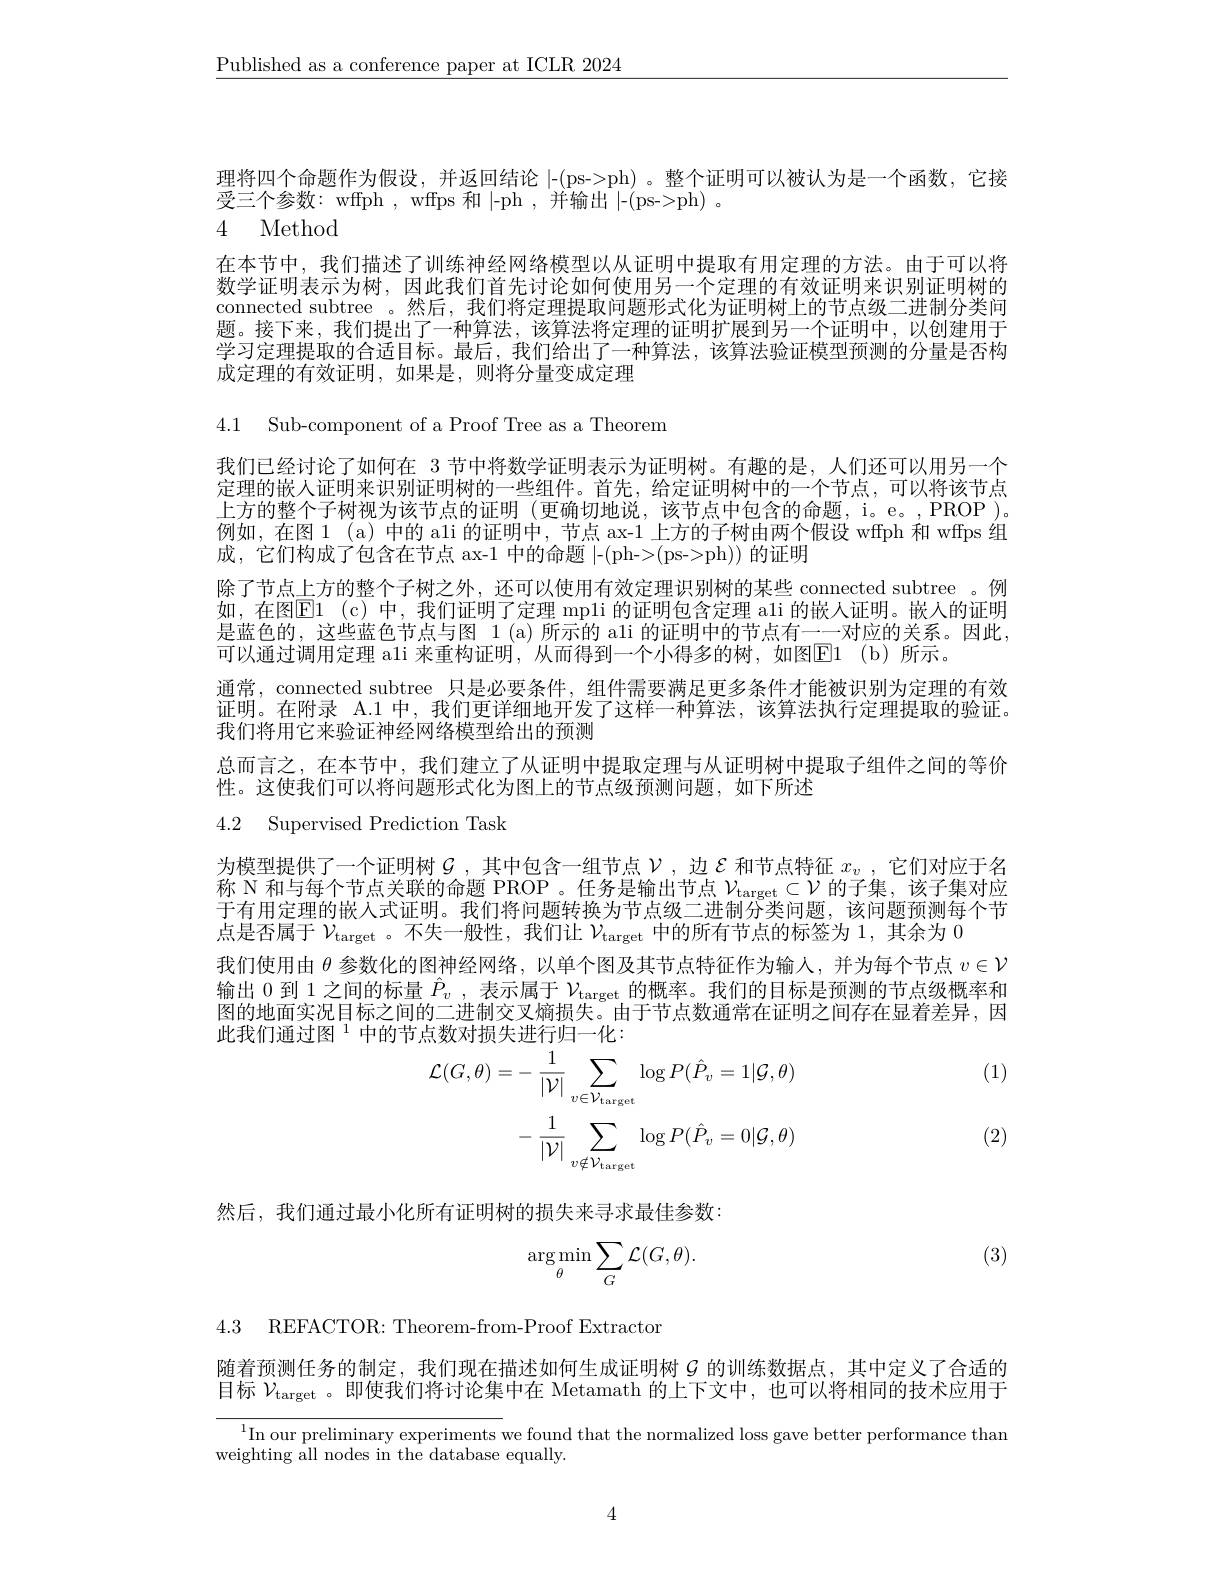
$\underline{\text{Published as a conference paper at ICLR 2024}}$

理将四个命题作为假设，并返回结论|-(ps- > ph) 。整个证明可以被认为是一个函数，它接
受三个参数：wffph , wffps 和|-ph ,并输出|-(ps->ph) 。
4 Method

在本节中，我们描述了训练神经网络模型以从证明中提取有用定理的方法。由于可以将数学证明表示为树，因此我们首先讨论如何使用另一个定理的有效证明来识别证明树的connected subtree 。然后，我们将定理提取问题形式化为证明树上的节点级二进制分类问题。接下来，我们提出了一种算法，该算法将定理的证明扩展到另一个证明中，以创建用于学习定理提取的合适目标。最后，我们给出了一种算法，该算法验证模型预测的分量是否构成定理的有效证明，如果是，则将分量变成定理

4.1 Sub-component of a Proof Tree as a Theorem

我们已经讨论了如何在 3 节中将数学证明表示为证明树。有趣的是，人们还可以用另一个定理的嵌人证明来识别证明树的一些组件。首先，给定证明树中的一个节点，可以将该节点上方的整个子树视为该节点的证明 (更确切地说，该节点中包含的命题，i。e。,PROP )。例如，在图 1(a)中的 ali 的证明中，节点 ax-1 上方的子树由两个假设 wffph 和 wffps 组成，它们构成了包含在节点 ax-1 中的命题|-(ph->(ps->ph)) 的证明
除了节点上方的整个子树之外，还可以使用有效定理识别树的某些 connected subtree 。例如，在图$\underline {\mathrm{E} }1$ (c)中，我们证明了定理 mpli 的证明包含定理 ali 的嵌人证明。嵌人的证明是蓝色的，这些蓝色节点与图 1 (a) 所示的 ali 的证明中的节点有一一对应的关系。因此， 可以通过调用定理 ali 来重构证明，从而得到一个小得多的树，如图E1 ( b) 所示。
通常，connected subtree 只是必要条件，组件需要满足更多条件才能被识别为定理的有效证明。在附录 A.1 中，我们更详细地开发了这样一种算法，该算法执行定理提取的验证。我们将用它来验证神经网络模型给出的预测
总而言之，在本节中，我们建立了从证明中提取定理与从证明树中提取子组件之间的等价
性。这使我们可以将问题形式化为图上的节点级预测问题，如下所述

4.2 Supervised Prediction Task

为模型提供了一个证明树$\mathcal{G}$ ,其中包含一组节点$\mathcal{V}$ ,边 $\mathcal{E}$ 和节点特征 $x_v$ ,它们对应于名称 N 和与每个节点关联的命题 PROP 。任务是输出节点$\mathcal{V} _\mathrm{target}\subset \mathcal{V}$的子集，该子集对应于有用定理的嵌人式证明。我们将问题转换为节点级二进制分类问题，该问题预测每个节点是否属于$\mathcal{V}_\mathrm{target}$ 。不失一般性，我们让$\mathcal{V}_\mathrm{target}$中的所有节点的标签为 1,其余为 0
我们使用由$\theta$参数化的图神经网络，以单个图及其节点特征作为输人，并为每个节点$v\in\mathcal{V}$ 输出0到 1 之间的标量$\hat{P}_v$ , 表示属于$\mathcal{V}_\mathrm{target}$的概率。我们的目标是预测的节点级概率和图的地面实况目标之间的二进制交叉熵损失。由于节点数通常在证明之间存在显着差异，因此我们通过图$^{1}$中的节点数对损失进行归一化：

(1)
$$\begin{aligned}\mathcal{L}(G,\theta)&=-\:\frac{1}{|\mathcal{V}|}\sum_{v\in\mathcal{V}_{\mathrm{target}}}\log P(\hat{P}_{v}=1|\mathcal{G},\theta)\\&-\:\frac{1}{|\mathcal{V}|}\sum_{v\notin\mathcal{V}_{\mathrm{target}}}\log P(\hat{P}_{v}=0|\mathcal{G},\theta)\end{aligned}$$
(2)

然后，我们通过最小化所有证明树的损失来寻求最佳参数：

(3)
$$\underset{\theta}{\arg\min}\sum_{G}\mathcal{L}(G,\theta).$$
4.3 REFACTOR: Theorem-from-Proof Extractor

随着预测任务的制定，我们现在描述如何生成证明树$\mathcal{G}$ 的训练数据点，其中定义了合适的目标$\mathcal{V}_\mathrm{target}$ 。即使我们将讨论集中在 Metamath 的上下文中，也可以将相同的技术应用于

$^{1}$In our preliminary experiments we found that the normalized loss gave better performance than
weighting all nodes in the database equally.

4